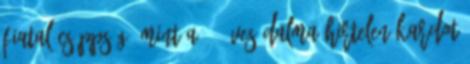
fiatal csöppség, mint a 12 éves Dalma hirtelen kardot